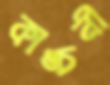
কাঙ্চনী